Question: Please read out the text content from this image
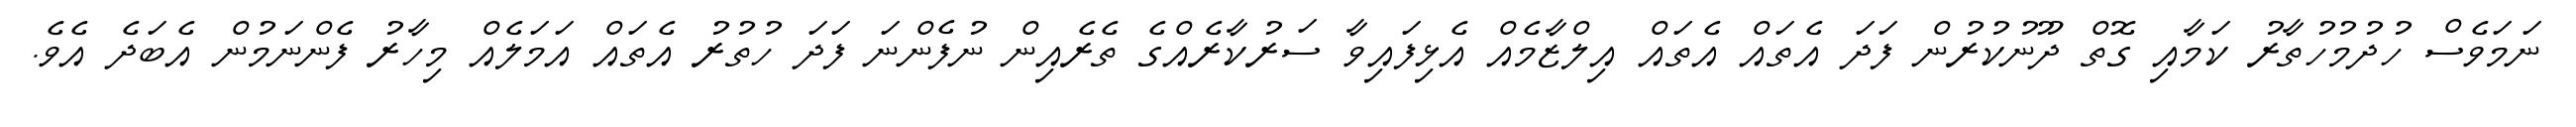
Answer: ނަމަވެސް ހުދުމުހުތާރު ކަމާއި ގޮތް ދޫނުކުރުން ފަދަ އެތައް އެތައް އިލްޒާމެއް އެޅިފައިވާ ސަރުކާރެއްގެ ތެރެއިން ނުފެންނަ ފަދަ ހުތުރު އެތައް އަމަލެއް މިހާރު ފެންނަމުން އެބަދެ އެވެ.